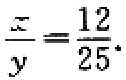
$\frac{x}{y}=\frac{12}{25}.$